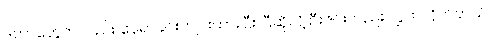
ဒကာတွေကလည်း နေရာခင်းကျင်းထားပြီး ပြီဆိုလို့ ဦးဇင်းလည်း လွှတ်လိုက်တယ်။